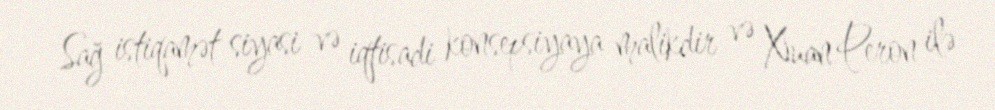
Sağ istiqamət siyasi və iqtisadi konsepsiyaya malikdir və Xuan Peron ilə